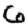
Digit: 6